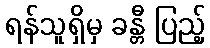
ရန်သူရှိမှ ခန္တီ ပြည့်